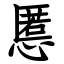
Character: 慝